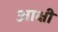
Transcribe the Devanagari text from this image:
आक्षी